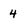
Character: 4